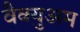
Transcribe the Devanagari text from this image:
वैक्युअम